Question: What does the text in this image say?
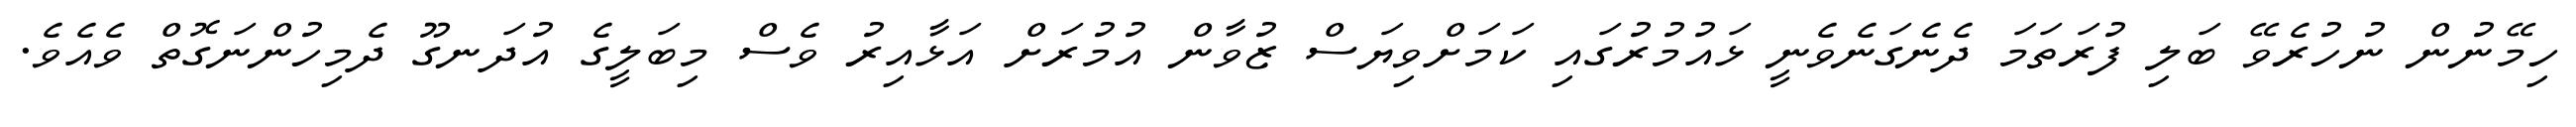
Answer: ހިމޭނުން ނުހުރެވޭ ބަލި ފުރަތަމަ ދެނެގަނެވެނީ ޅައުމުރުގައި ކަމަށްވިޔަސް ޒުވާން އުމުރަށް އަޅާއިރު ވެސް މިބަލީގެ އުދަނގޫ ދެމިހުންނަގޮތް ވެއެވެ.